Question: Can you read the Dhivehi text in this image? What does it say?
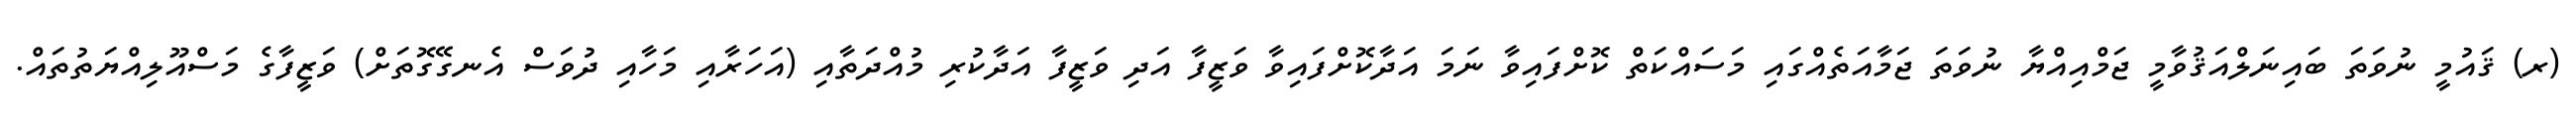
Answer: (ރ) ޤައުމީ ނުވަތަ ބައިނަލްއަޤުވާމީ ޖަމްއިއްޔާ ނުވަތަ ޖަމާއަތެއްގައި މަސައްކަތް ކޮށްފައިވާ ނަމަ އަދާކޮށްފައިވާ ވަޒީފާ އަދި ވަޒީފާ އަދާކުރި މުއްދަތާއި (އަހަރާއި މަހާއި ދުވަސް އެނގޭގޮތަށް) ވަޒީފާގެ މަސްއޫލިއްޔަތުތައް.